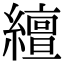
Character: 繵